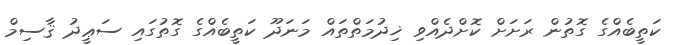
ކަތީބެއްގެ ގޮތުން ރަށަށް ކޮށްދެއްވި ޚިދުމަތްތައް މަނަދޫ ކަތީބެއްގެ ގޮތުގައި ސަޢީދު ޤާސިމް